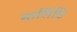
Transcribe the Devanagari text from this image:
मालिंडि